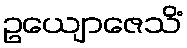
ဥယျောဇေသိံ